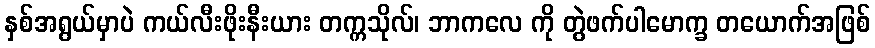
နှစ်အရွယ်မှာပဲ ကယ်လီးဖိုးနီးယား တက္ကသိုလ်၊ ဘာကလေ ကို တွဲဖက်ပါမောက္ခ တယောက်အဖြစ်